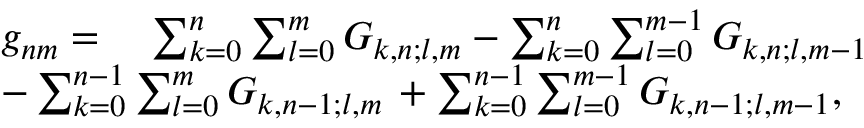
\begin{array} { r l } & { g _ { n m } = \quad \sum _ { k = 0 } ^ { n } \sum _ { l = 0 } ^ { m } G _ { k , n ; l , m } - \sum _ { k = 0 } ^ { n } \sum _ { l = 0 } ^ { m - 1 } G _ { k , n ; l , m - 1 } } \\ & { - \sum _ { k = 0 } ^ { n - 1 } \sum _ { l = 0 } ^ { m } G _ { k , n - 1 ; l , m } \, + \sum _ { k = 0 } ^ { n - 1 } \sum _ { l = 0 } ^ { m - 1 } G _ { k , n - 1 ; l , m - 1 } , } \end{array}